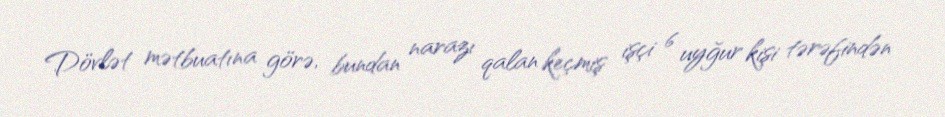
Dövlət mətbuatına görə, bundan narazı qalan keçmiş işçi 6 uyğur kişi tərəfindən